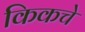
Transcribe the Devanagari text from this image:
किकचे